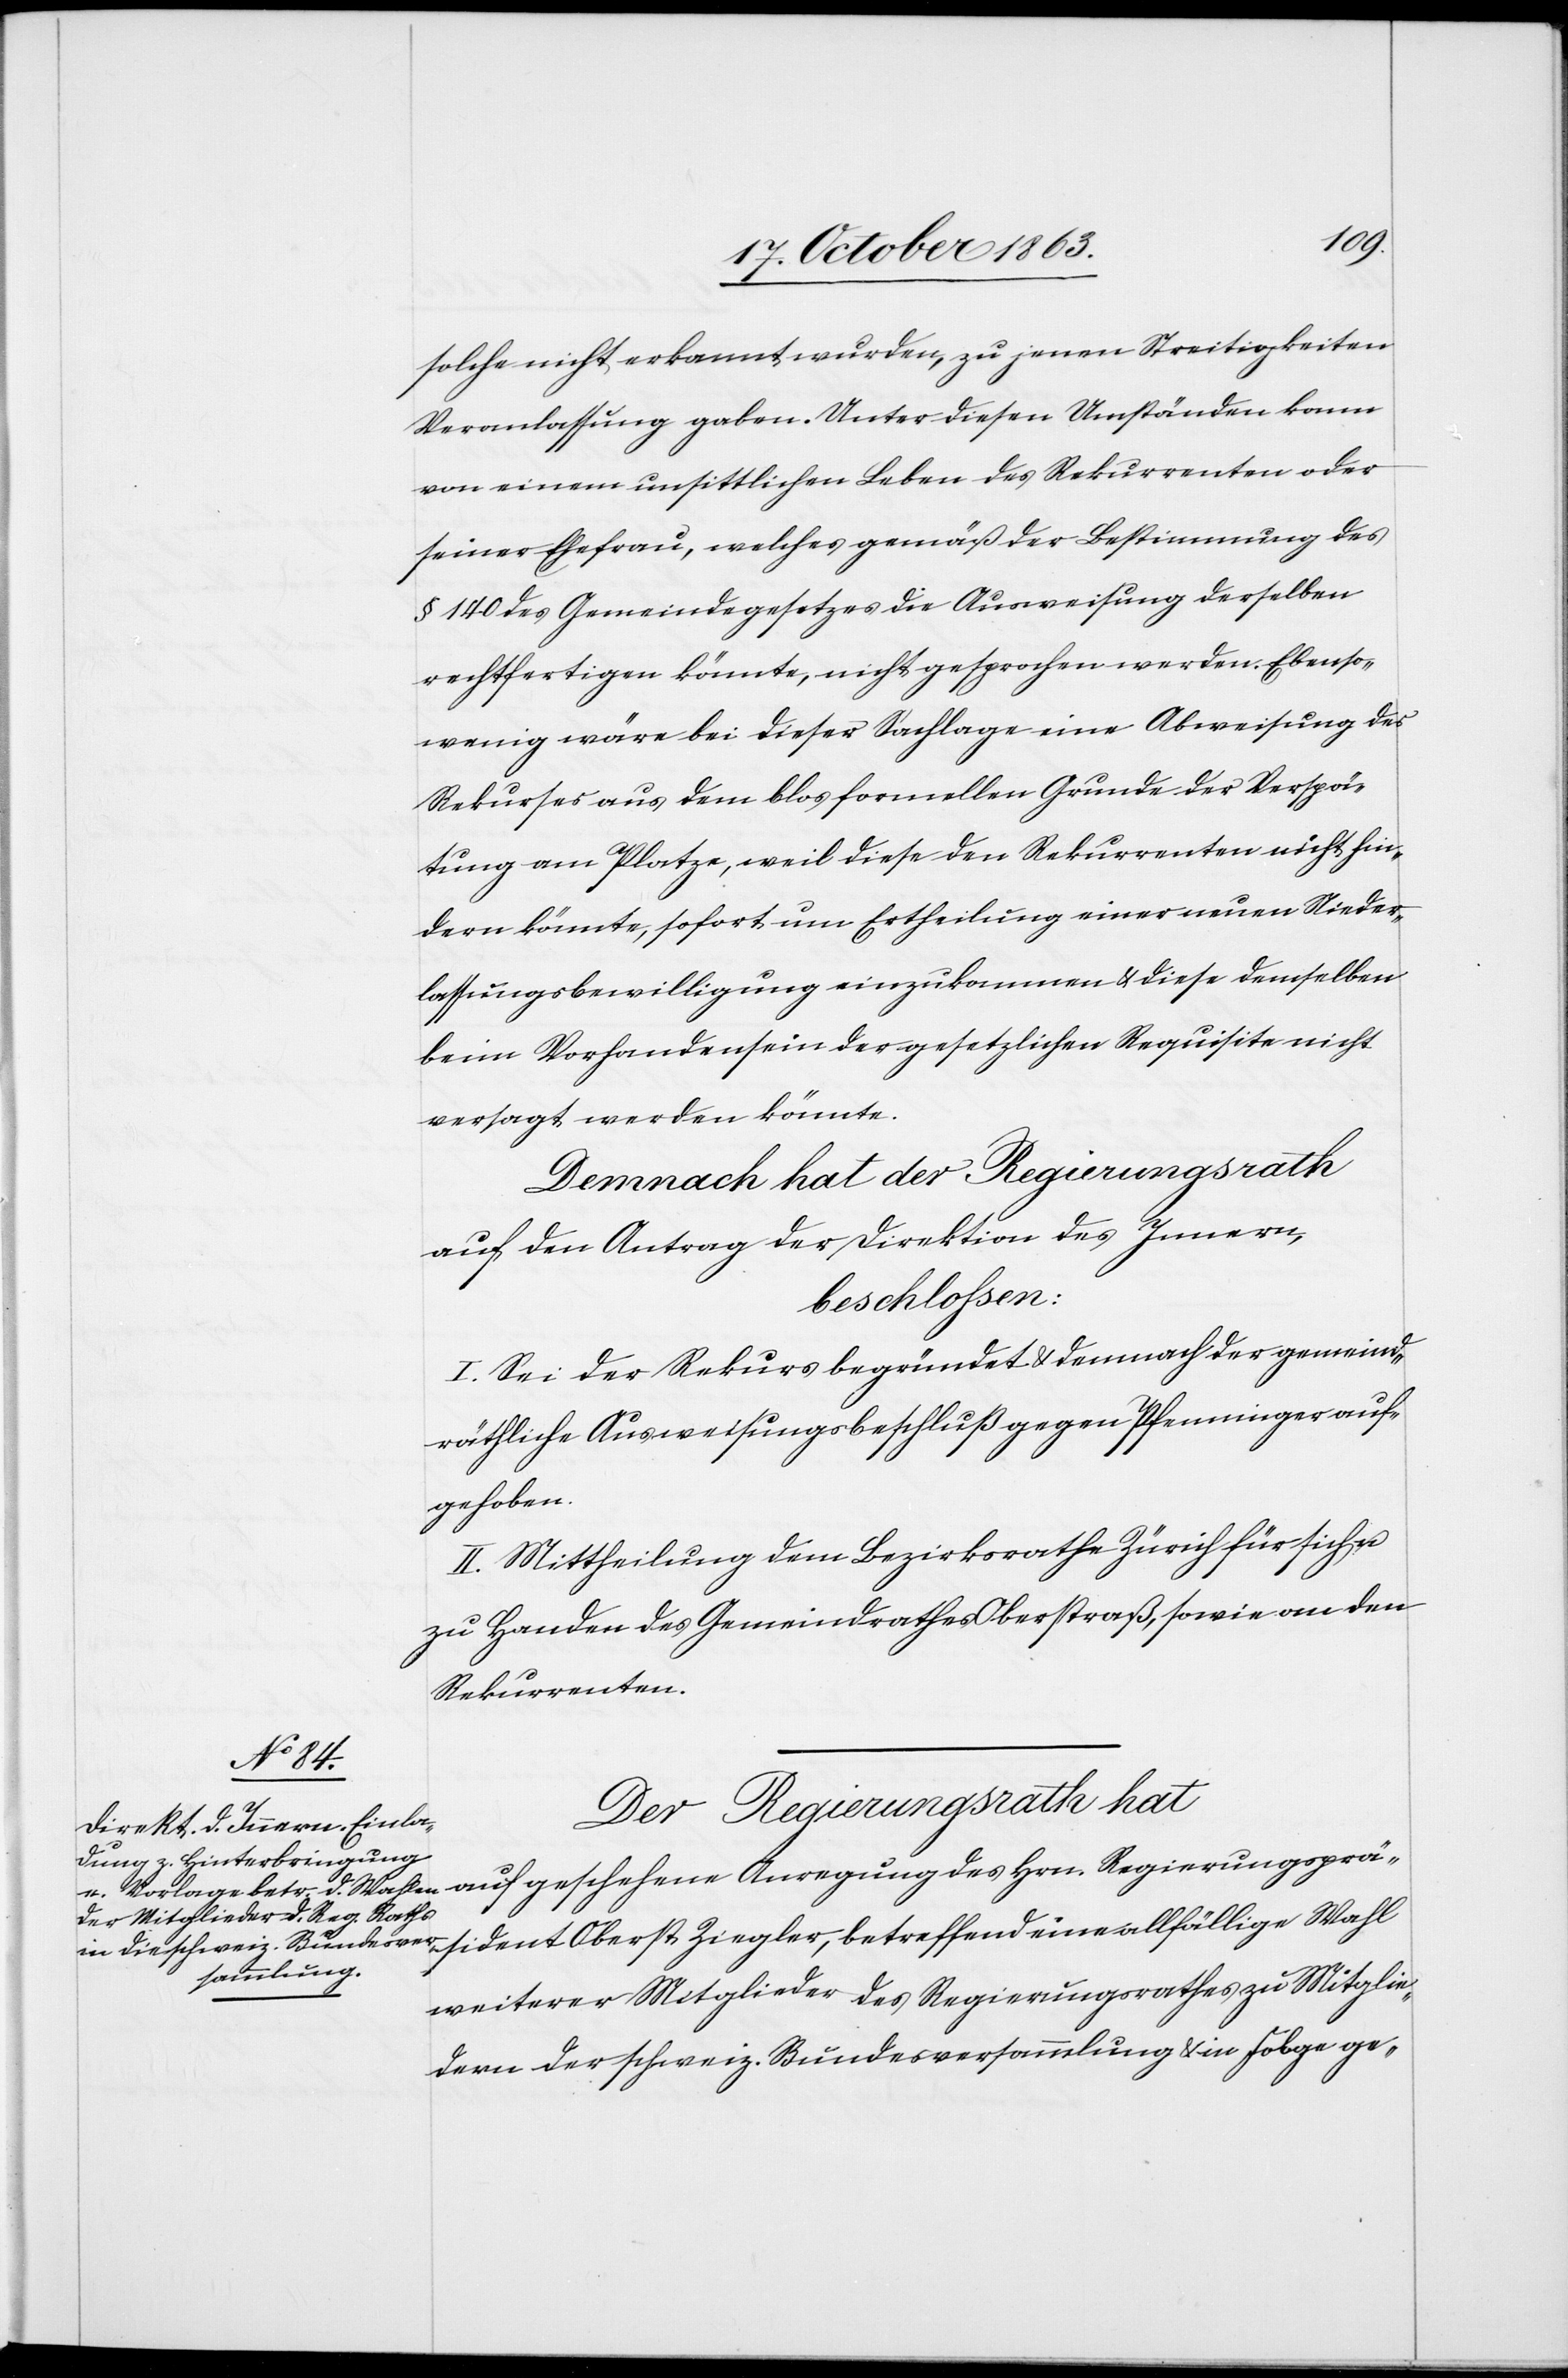
solche nicht erkannt wurden, zu jenen Streitigkeiten
Veranlassung gaben. Unter diesen Umständen kann
von einem unsittlichen Leben des Rekurrenten oder
seiner Ehefrau, welches gemäß der Bestimmung des
§ 140 des Gemeindegesetzes die Ausweisung derselben
rechtfertigen könnte, nicht gesprochen werden. Ebenso¬
wenig wäre bei dieser Sachlage eine Abweisung des
Rekurses aus dem blos formellen Grunde der Verspä¬
tung am Platze, weil diese den Rekurrenten nicht hin¬
dern könnte, sofort um Ertheilung einer neuen Nieder¬
lassungsbewilligung einzukommen & diese demselben
beim Vorhandensein der gesetzlichen Requisite nicht
versagt werden könnte.
Demnach hat der Regierungsrath
auf den Antrag der Direktion des Innern,
beschlossen:
I. Sei der Rekurs begründet & demnach der gemeind¬
räthliche Ausweisungsbeschluß gegen Pfenninger auf¬
geschehene
II. Mittheilung dem Bezirksrathe Zürich für sich u.
zu Handen des Gemeindrathes Oberstraß, sowie an den
Rekurrenten.
Der Regierungsrath hat
weiterer Mitglieder des Regierungsrathes zu Mitglie¬
dern der schweiz. Bundesversammlung & in Folge ge-